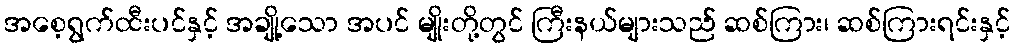
အစေ့ရွက်ထီးပင်နှင့် အချို့သော အပင် မျိုးတို့တွင် ကြီးနယ်များသည် ဆစ်ကြား၊ ဆစ်ကြားရင်းနှင့်